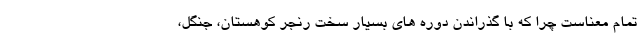
تمام معناست چرا که با گذراندن دوره های بسیار سخت رنجر کوهستان، جنگل،